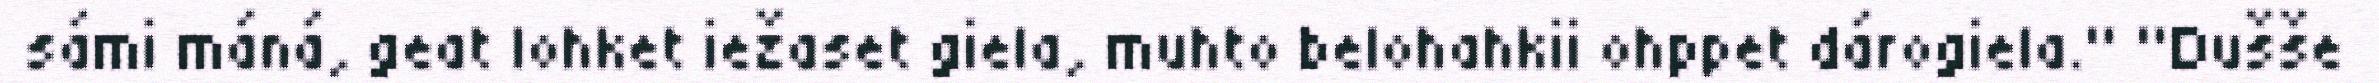
sámi máná, geat lohket iežaset giela, muhto belohahkii ohppet dárogiela." "Dušše